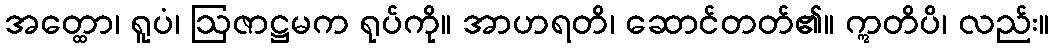
အတ္ထော၊ ရူပံ၊ ဩဇာဋ္ဌမက ရုပ်ကို။ အာဟရတိ၊ ဆောင်တတ်၏။ ဣတိပိ၊ လည်း။